Leaving Certificate Examination (including Day School Certificate (Higher) General paper), 1935
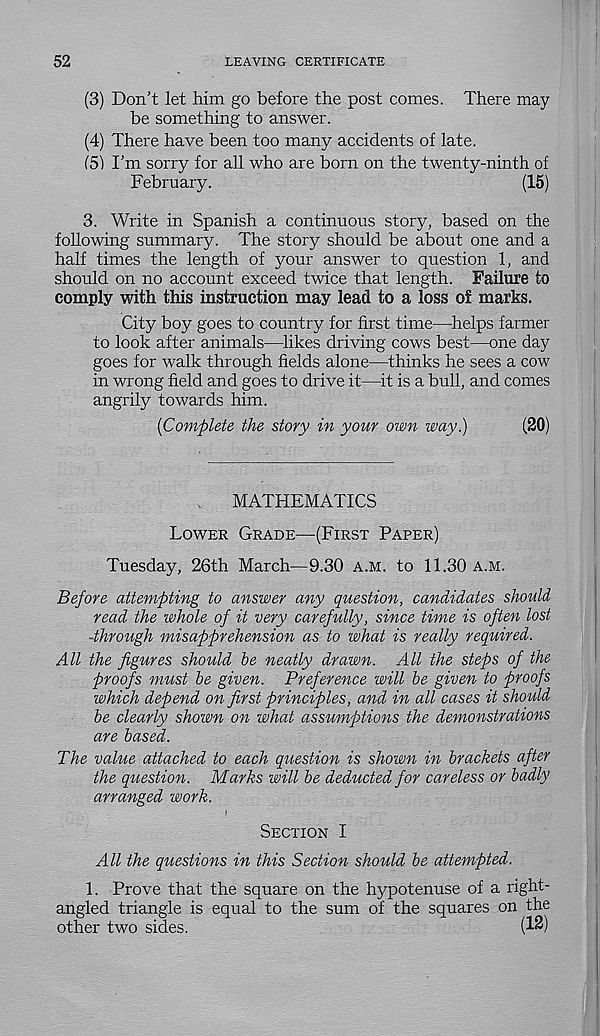
52
LEAVING CERTIFICATE
(3) Don’t let him go before the post comes. There may
be something to answer.
(4) There have been too many accidents of late.
(5) I’m sorry for all who are born on the twenty-ninth of
February.
(15)
3. Write in Spanish a continuous story, based on the
following summary. The story should be about one and a
half times the length of your answer to question 1, and
should on no account exceed twice that length. Failure to
comply with this instruction may lead to a loss of marks.
City boy goes to country for first time—helps farmer
to look after animals—likes driving cows best—one day
goes for walk through fields alone—thinks he sees a cow
in wrong field and goes to drive it—it is a bull, and comes
angrily towards him.
{Complete the story in your own way.)
(20)
MATHEMATICS
Lower Grade—(First Paper)
Tuesday, 26th March—9.30 a.m. to 11.30 a.m.
Before attempting to answer any question, candidates should
read the whole of it very carefully, since time is often lost
-through misapprehension as to what is really required.
All the figures should be neatly drawn. All the steps of the
proofs must be given. Preference will be given to proofs
which depend on first principles, and in all cases it should
be clearly shown on what assumptions the demonstrations
are based.
The value attached to each question is shown in brackets after
the question. Marks will be deducted for careless or badly
arranged work.
Section I
All the questions in this Section should be attempted.
1. Prove that the square on the hypotenuse of a right-
angled triangle is equal to the sum of the squares on the
other two sides.
(1$)